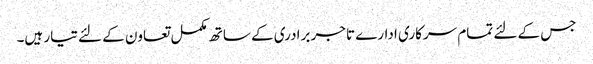
جس کے لئے تمام سرکاری ادارے تاجر برادری کے ساتھ مکمل تعاون کے لئے تیار ہیں۔